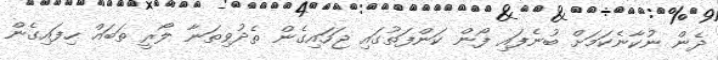
ދެން ނުކާނެކަމަށް ބުނެފައި ފޯން ކަންފަތުގައި ޖަހައިގެން ތެދުވިތަނާ ލޯރީ ތަބައް ހިފައިގެން